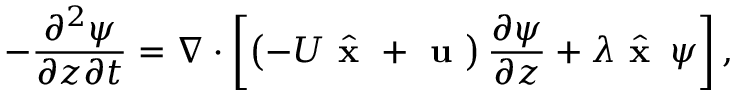
- \frac { \partial ^ { 2 } \psi } { \partial z \partial t } = \nabla \cdot \left[ \left( - U \hat { \textbf { x } } + \textbf { u } \right) \frac { \partial \psi } { \partial z } + \lambda \hat { \textbf { x } } \, \psi \right] ,